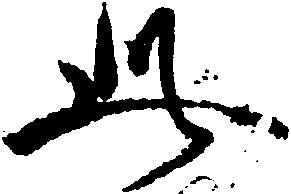
此